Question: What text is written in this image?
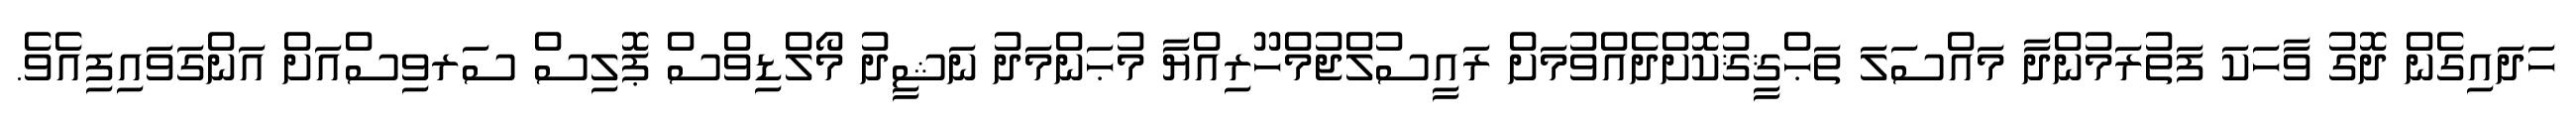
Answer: ހަދައިގެން ދޮގު ވާހަކަ ފަތުރަމުންދާ މައްސަލަ ތަޙްޤީޤުކޮށްދެއްވުމަށް ރައީސުލްޖުމްހޫރިއްޔާ މުޙަންމަދު ނަޝީދު މޯލްޑިވްސް ޕޮލިސް ސަރވިސްއަށް އަންގަވައިފިއެވެ.